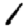
Digit: 1